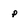
Character: p